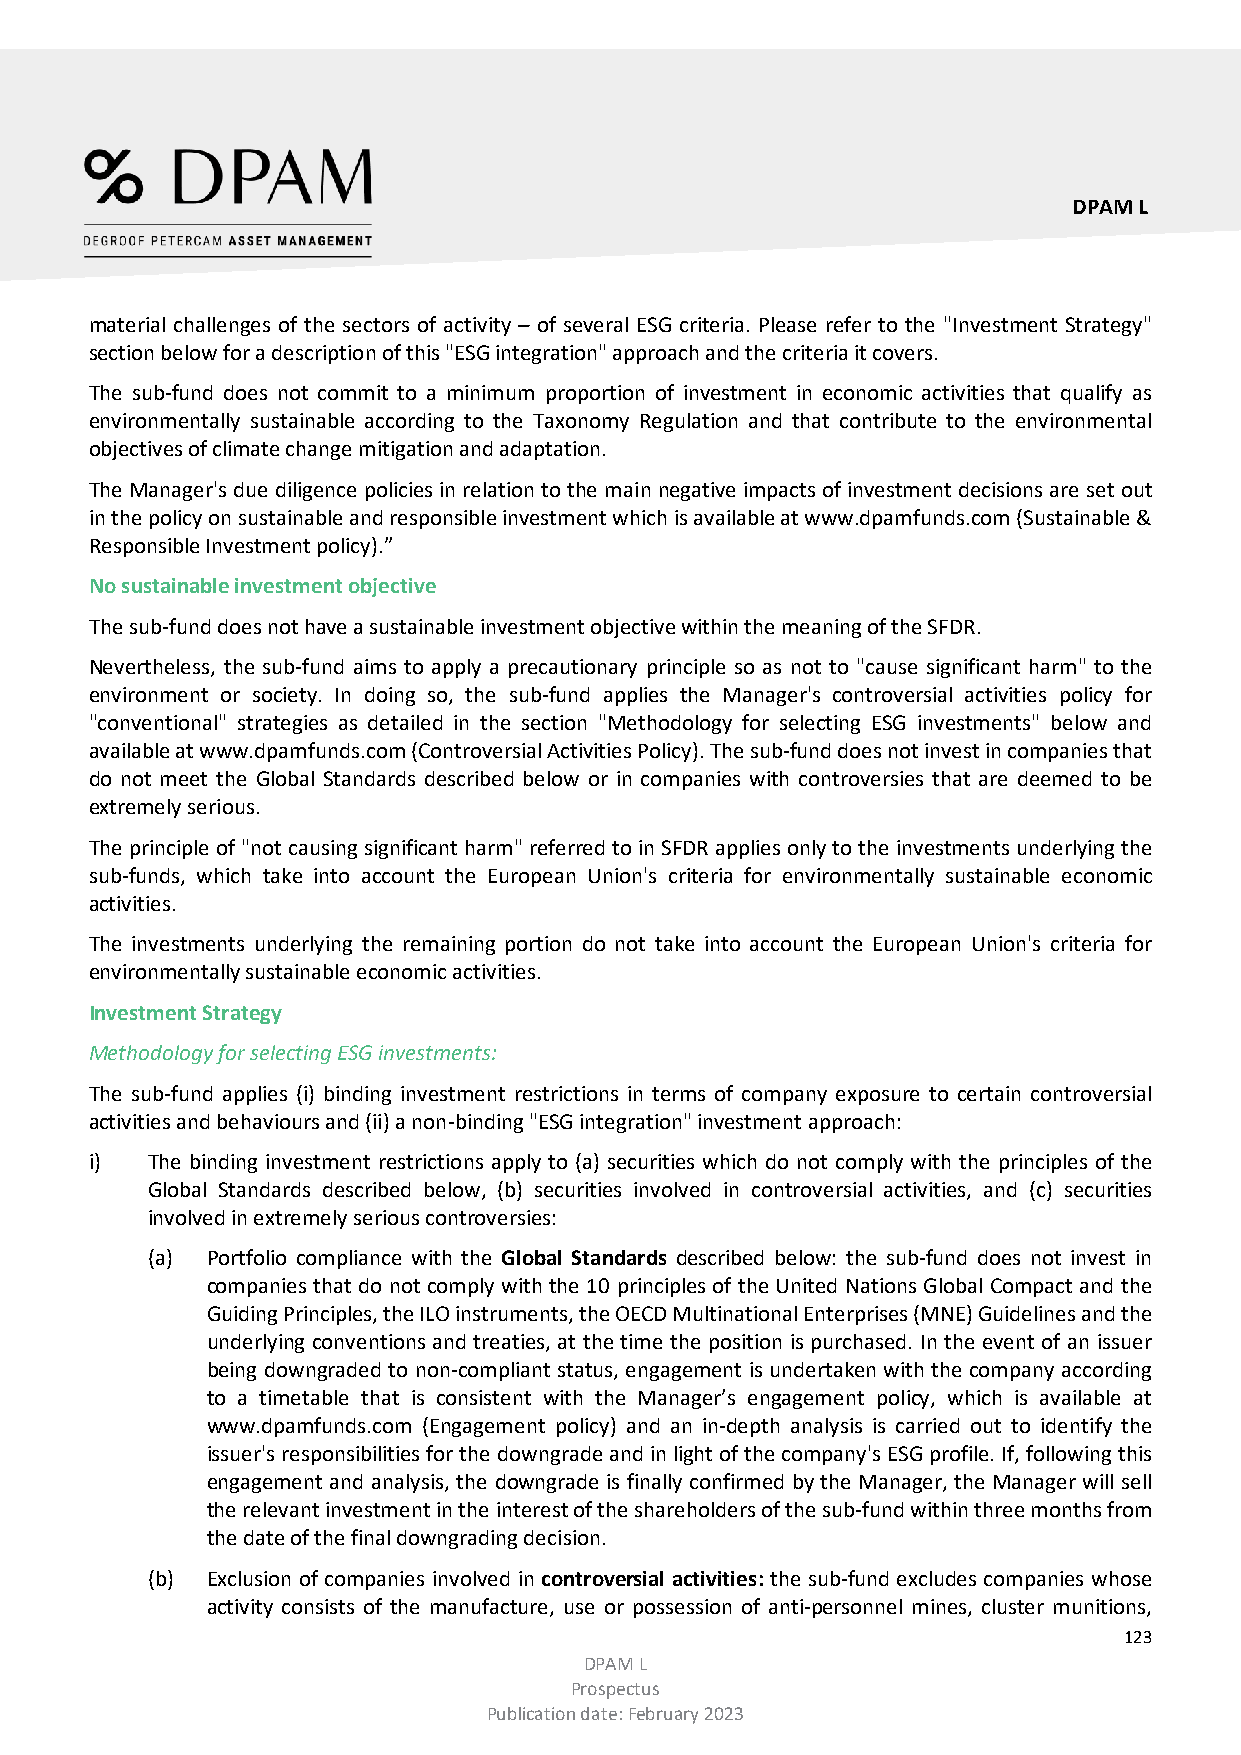
DPAM L
 material challenges of the sectors of activity – of several ESG criteria. Please refer to the "Investment Strategy"
 section below for a description of this "ESG integration" approach and the criteria it covers.
 The sub-fund does not commit to a minimum proportion of investment in economic activities that qualify as
 environmentally sustainable according to the Taxonomy Regulation and that contribute to the environmental
 objectives of climate change mitigation and adaptation.
 The Manager's due diligence policies in relation to the main negative impacts of investment decisions are set out
 in the policy on sustainable and responsible investment which is available at www.dpamfunds.com (Sustainable &
 Responsible Investment policy).”
 No sustainable investment objective
 The sub-fund does not have a sustainable investment objective within the meaning of the SFDR.
 Nevertheless, the sub-fund aims to apply a precautionary principle so as not to "cause significant harm" to the
 environment or society. In doing so, the sub-fund applies the Manager's controversial activities policy for
 "conventional" strategies as detailed in the section "Methodology for selecting ESG investments" below and
 available at www.dpamfunds.com (Controversial Activities Policy). The sub-fund does not invest in companies that
 do not meet the Global Standards described below or in companies with controversies that are deemed to be
 extremely serious.
 The principle of "not causing significant harm" referred to in SFDR applies only to the investments underlying the
 sub-funds, which take into account the European Union's criteria for environmentally sustainable economic
 activities.
 The investments underlying the remaining portion do not take into account the European Union's criteria for
 environmentally sustainable economic activities.
 Investment Strategy
 Methodology for selecting ESG investments:
 The sub-fund applies (i) binding investment restrictions in terms of company exposure to certain controversial
 activities and behaviours and (ii) a non-binding "ESG integration" investment approach:
 i)  The binding investment restrictions apply to (a) securities which do not comply with the principles of the
 Global Standards described below, (b) securities involved in controversial activities, and (c) securities
 involved in extremely serious controversies:
 (a) Portfolio compliance with the Global Standards described below: the sub-fund does not invest in
 companies that do not comply with the 10 principles of the United Nations Global Compact and the
 Guiding Principles, the ILO instruments, the OECD Multinational Enterprises (MNE) Guidelines and the
 underlying conventions and treaties, at the time the position is purchased. In the event of an issuer
 being downgraded to non-compliant status, engagement is undertaken with the company according
 to a timetable that is consistent with the Manager’s engagement policy, which is available at
 www.dpamfunds.com (Engagement policy) and an in-depth analysis is carried out to identify the
 issuer's responsibilities for the downgrade and in light of the company's ESG profile. If, following this
 engagement and analysis, the downgrade is finally confirmed by the Manager, the Manager will sell
 the relevant investment in the interest of the shareholders of the sub-fund within three months from
 the date of the final downgrading decision.
 (b) Exclusion of companies involved in controversial activities: the sub-fund excludes companies whose
 activity consists of the manufacture, use or possession of anti-personnel mines, cluster munitions,
 123
 DPAM L
 Prospectus
 Publication date: February 2023